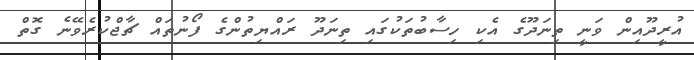
އުރީދޫއިން ވަނީ ތިނަދޫގެ އެކި ހިސާބުތަކުގައި ތިނަދޫ ރައްޔިތުންގެ ފޯނުތައް ޗާޖްކުރެވޭނެ ގޮތް